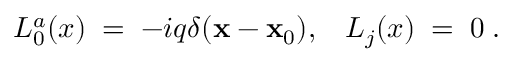
L _ { 0 } ^ { a } ( x ) \; = \; - i q \delta ( { \mathbf x } - { \mathbf x } _ { 0 } ) , \; \; \; L _ { j } ( x ) \; = \; 0 \; .